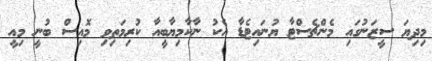
މިދިޔަ ސީޒަނުގައި މެންޗެސްޓާ ޔުނައިޓެޑާ އެކު ނާކާމިޔާބީއާ ކުރިމަތިވި މޮއިސް ބުނީ މިއީ